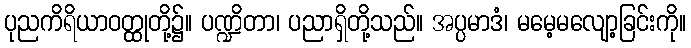
ပုညကိရိယာဝတ္ထုတို့၌။ ပဏ္ဍိတာ၊ ပညာရှိတို့သည်။ အပ္ပမာဒံ၊ မမေ့မလျော့ခြင်းကို။